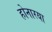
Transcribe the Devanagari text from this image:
होनारया